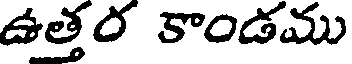
ఉత్తర కాండము